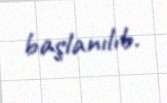
başlanılıb.